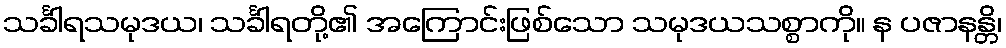
သင်္ခါရသမုဒယ၊ သင်္ခါရတို့၏ အကြောင်းဖြစ်သော သမုဒယသစ္စာကို။ န ပဇာနန္တိ၊